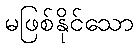
မဖြစ်နိုင်သော